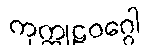
ကုက္ကုဠဝဂ္ဂေါ